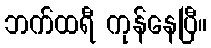
ဘက်ထရီ ကုန်နေပြီ။